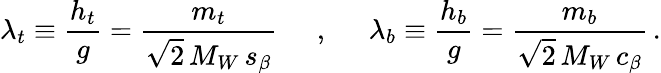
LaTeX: \lambda_{t}\equiv{\frac{h_{t}}{g}}={\frac{m_{t}}{\sqrt{2}\, M_{W}\, s_{\beta}}}\; \; \; \; \; ,\; \; \; \; \; \lambda_{b}\equiv{\frac{h_{b}}{g}}={\frac{m_{b}}{\sqrt{2}\, M_{W}\, c_{\beta}}}\, .